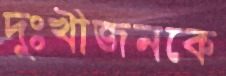
দুঃখীজনকে